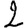
Digit: 2